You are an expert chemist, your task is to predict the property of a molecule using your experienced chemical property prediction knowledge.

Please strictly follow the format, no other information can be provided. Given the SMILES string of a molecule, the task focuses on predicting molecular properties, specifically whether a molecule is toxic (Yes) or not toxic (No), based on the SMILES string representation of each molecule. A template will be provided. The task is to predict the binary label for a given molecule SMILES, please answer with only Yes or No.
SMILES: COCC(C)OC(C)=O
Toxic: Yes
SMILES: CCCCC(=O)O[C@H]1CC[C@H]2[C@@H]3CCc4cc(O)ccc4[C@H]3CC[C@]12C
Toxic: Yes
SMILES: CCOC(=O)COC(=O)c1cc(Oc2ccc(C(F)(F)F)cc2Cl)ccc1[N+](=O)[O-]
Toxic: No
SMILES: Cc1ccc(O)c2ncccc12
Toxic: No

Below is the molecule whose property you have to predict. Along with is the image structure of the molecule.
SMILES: CCCCCCCCCCCCCC(=O)OC(C)C
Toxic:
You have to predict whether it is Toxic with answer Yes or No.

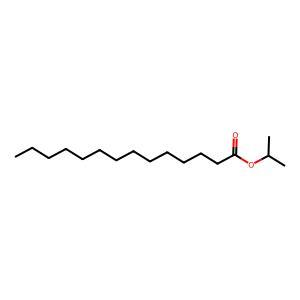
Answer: No